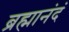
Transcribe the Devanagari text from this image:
ब्रह्मानंदं